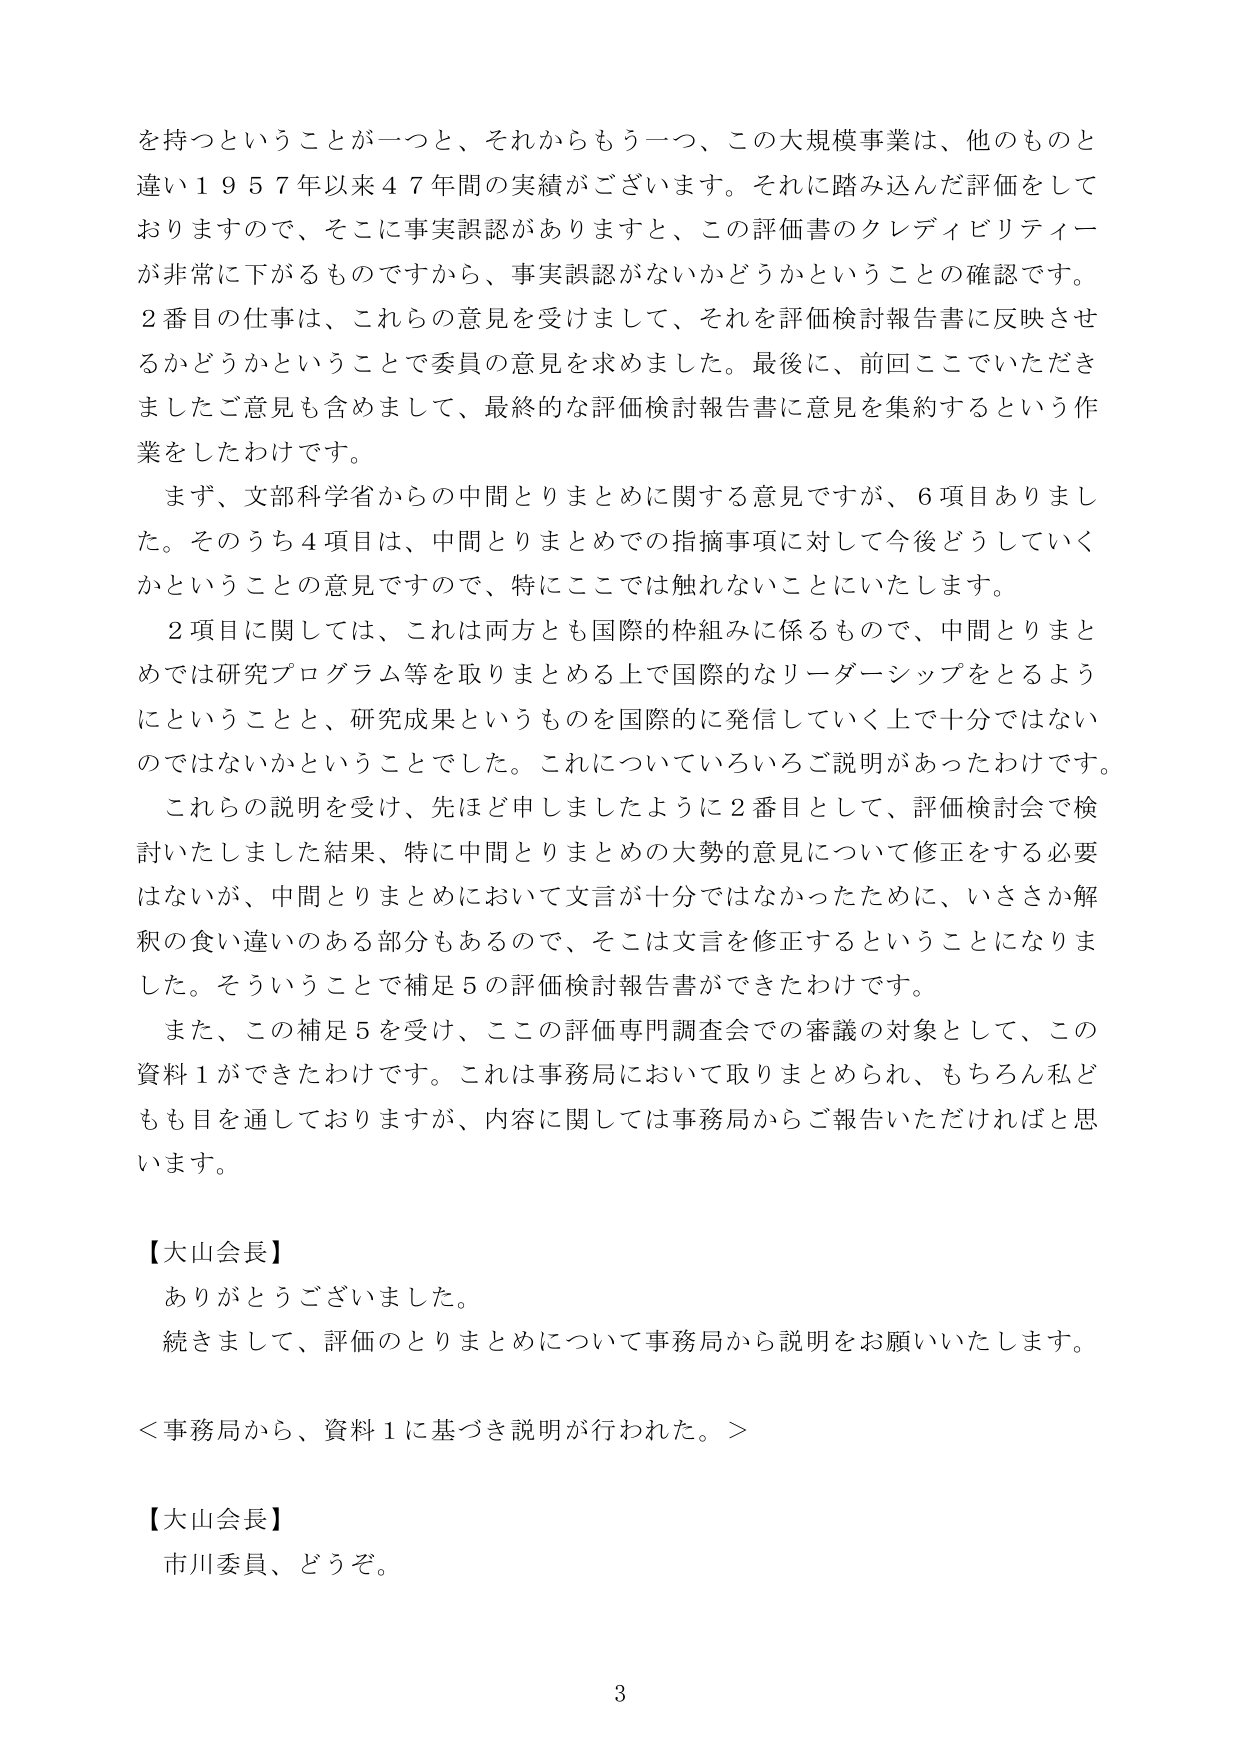
を持つということが一つと、それからもう一つ、この大規模事業は、他のものと
違い１９５７年以来４７年間の実績がございます。それに踏み込んだ評価をして
おりますので、そこに事実誤認がありますと、この評価書のクレディビリティー
が非常に下がるものですから、事実誤認がないかどうかということの確認です。
２番目の仕事は、これらの意見を受けまして、それを評価検討報告書に反映させ
るかどうかということで委員の意見を求めました。最後に、前回ここでいただき
ましたご意見も含めまして、最終的な評価検討報告書に意見を集約するという作
業をしたわけです。
　まず、文部科学省からの中間とりまとめに関する意見ですが、６項目ありまし
た。そのうち４項目は、中間とりまとめでの指摘事項に対して今後どうしていく
かということの意見ですので、特にここでは触れないことにいたします。
　２項目に関しては、これは両方とも国際的枠組みに係るもので、中間とりまと
めでは研究プログラム等を取りまとめる上で国際的なリーダーシップをとるよう
にということと、研究成果というものを国際的に発信していく上で十分ではない
のではないかということでした。これについていろいろご説明があったわけです。
　これらの説明を受け、先ほど申しましたように２番目として、評価検討会で検
討いたしました結果、特に中間とりまとめの大勢の意見について修正をする必要
はないが、中間とりまとめにおいて文言が十分ではなかったために、いささか解
釈の食い違いのある部分もあるので、そこは文言を修正するということになりま
した。そういうことで補足５の評価検討報告書ができたわけです。
　また、この補足５を受け、ここの評価専門調査会での審議の対象として、この
資料１ができたわけです。これは事務局において取りまとめられ、もちろん私ど
もも目を通しておりますが、内容に関しては事務局からご報告いただければと思
います。

【大山会長】
　ありがとうございました。
　続きまして、評価のとりまとめについて事務局から説明をお願いいたします。

＜事務局から、資料１に基づき説明が行われた。＞

【大山会長】
　市川委員、どうぞ。

3